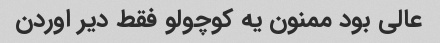
عالی بود ممنون یه کوچولو فقط دیر اوردن